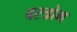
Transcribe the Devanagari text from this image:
वस्त्रोम